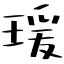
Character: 瑗